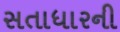
સતાધારની